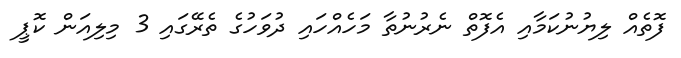
ފޮތެއް ލިޔުނުކަމާއި އެފޮތް ނެރުނުތާ މަހެއްހައި ދުވަހުގެ ތެރޭގައި 3 މިލިއަން ކޮޕީ